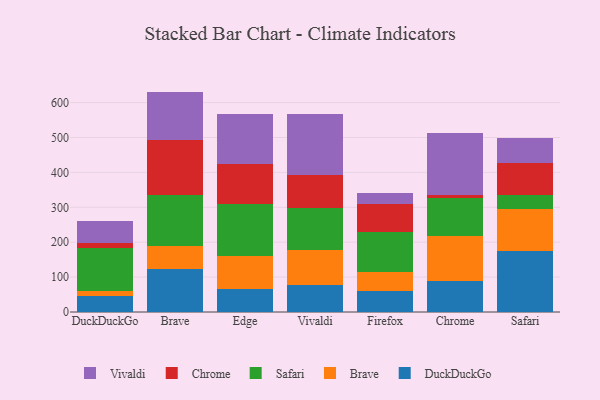
{"axis": {"x": "Browser", "y": "Tickets Resolved"}, "legend": ["Brave", "Chrome", "DuckDuckGo", "Safari", "Vivaldi"], "data": [{"x": "DuckDuckGo", "y": 45.8, "type": "DuckDuckGo"}, {"x": "DuckDuckGo", "y": 15.5, "type": "Brave"}, {"x": "DuckDuckGo", "y": 121.7, "type": "Safari"}, {"x": "DuckDuckGo", "y": 15.8, "type": "Chrome"}, {"x": "DuckDuckGo", "y": 61.4, "type": "Vivaldi"}, {"x": "Brave", "y": 122.2, "type": "DuckDuckGo"}, {"x": "Brave", "y": 65.9, "type": "Brave"}, {"x": "Brave", "y": 146.0, "type": "Safari"}, {"x": "Brave", "y": 157.8, "type": "Chrome"}, {"x": "Brave", "y": 139.6, "type": "Vivaldi"}, {"x": "Edge", "y": 66.9, "type": "DuckDuckGo"}, {"x": "Edge", "y": 92.5, "type": "Brave"}, {"x": "Edge", "y": 150.7, "type": "Safari"}, {"x": "Edge", "y": 113.4, "type": "Chrome"}, {"x": "Edge", "y": 145.2, "type": "Vivaldi"}, {"x": "Vivaldi", "y": 77.5, "type": "DuckDuckGo"}, {"x": "Vivaldi", "y": 101.3, "type": "Brave"}, {"x": "Vivaldi", "y": 118.1, "type": "Safari"}, {"x": "Vivaldi", "y": 94.9, "type": "Chrome"}, {"x": "Vivaldi", "y": 176.4, "type": "Vivaldi"}, {"x": "Firefox", "y": 59.1, "type": "DuckDuckGo"}, {"x": "Firefox", "y": 55.5, "type": "Brave"}, {"x": "Firefox", "y": 115.5, "type": "Safari"}, {"x": "Firefox", "y": 80.7, "type": "Chrome"}, {"x": "Firefox", "y": 30.8, "type": "Vivaldi"}, {"x": "Chrome", "y": 87.9, "type": "DuckDuckGo"}, {"x": "Chrome", "y": 129.8, "type": "Brave"}, {"x": "Chrome", "y": 108.4, "type": "Safari"}, {"x": "Chrome", "y": 8.9, "type": "Chrome"}, {"x": "Chrome", "y": 176.7, "type": "Vivaldi"}, {"x": "Safari", "y": 175.6, "type": "DuckDuckGo"}, {"x": "Safari", "y": 119.5, "type": "Brave"}, {"x": "Safari", "y": 39.2, "type": "Safari"}, {"x": "Safari", "y": 92.7, "type": "Chrome"}, {"x": "Safari", "y": 70.5, "type": "Vivaldi"}]}